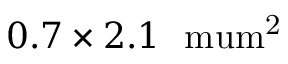
0 . 7 \times 2 . 1 ~ \mathrm { \ m u m ^ { 2 } }